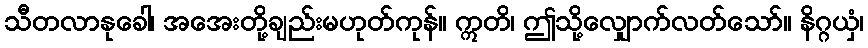
သီတလာနုခေါ၊ အအေးတို့ချည်းမဟုတ်ကုန်။ ဣတိ၊ ဤသို့လျှောက်လတ်သော်။ နိဂ္ဂယှံ၊